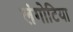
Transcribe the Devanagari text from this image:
लंगोटिया